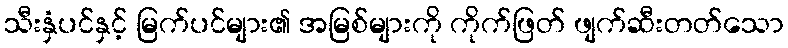
သီးနှံပင်နှင့် မြက်ပင်များ၏ အမြစ်များကို ကိုက်ဖြတ် ဖျက်ဆီးတတ်သော